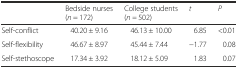
<table><thead><tr><td></td><td><b>Bedside nurses (<i>n</i> = 172)</b></td><td><b>College students (<i>n =</i> 502)</b></td><td><b><i>t</i></b></td><td><b><i>P</i></b></td></tr></thead><tbody><tr><td>Self-conflict</td><td>40.20 ± 9.16</td><td>46.13 ± 10.00</td><td>6.85</td><td>&lt;0.01</td></tr><tr><td>Self-flexibility</td><td>46.67 ± 8.97</td><td>45.44 ± 7.44</td><td>−1.77</td><td>0.08</td></tr><tr><td>Self-stethoscope</td><td>17.34 ± 3.92</td><td>18.12 ± 5.09</td><td>1.83</td><td>0.07</td></tr></tbody></table>